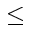
\le